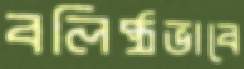
বলিষ্ঠভাবে